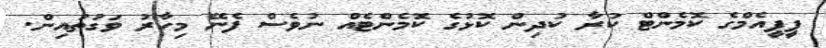
ޕީޕީއެމްގެ ކޮމެންޓް ކުރާ ކުދިން ކޮޅުގެ ކޮމެންޓެއް ނުވެސް ފެނޭ މިހާރު ވަގުތުއިން.